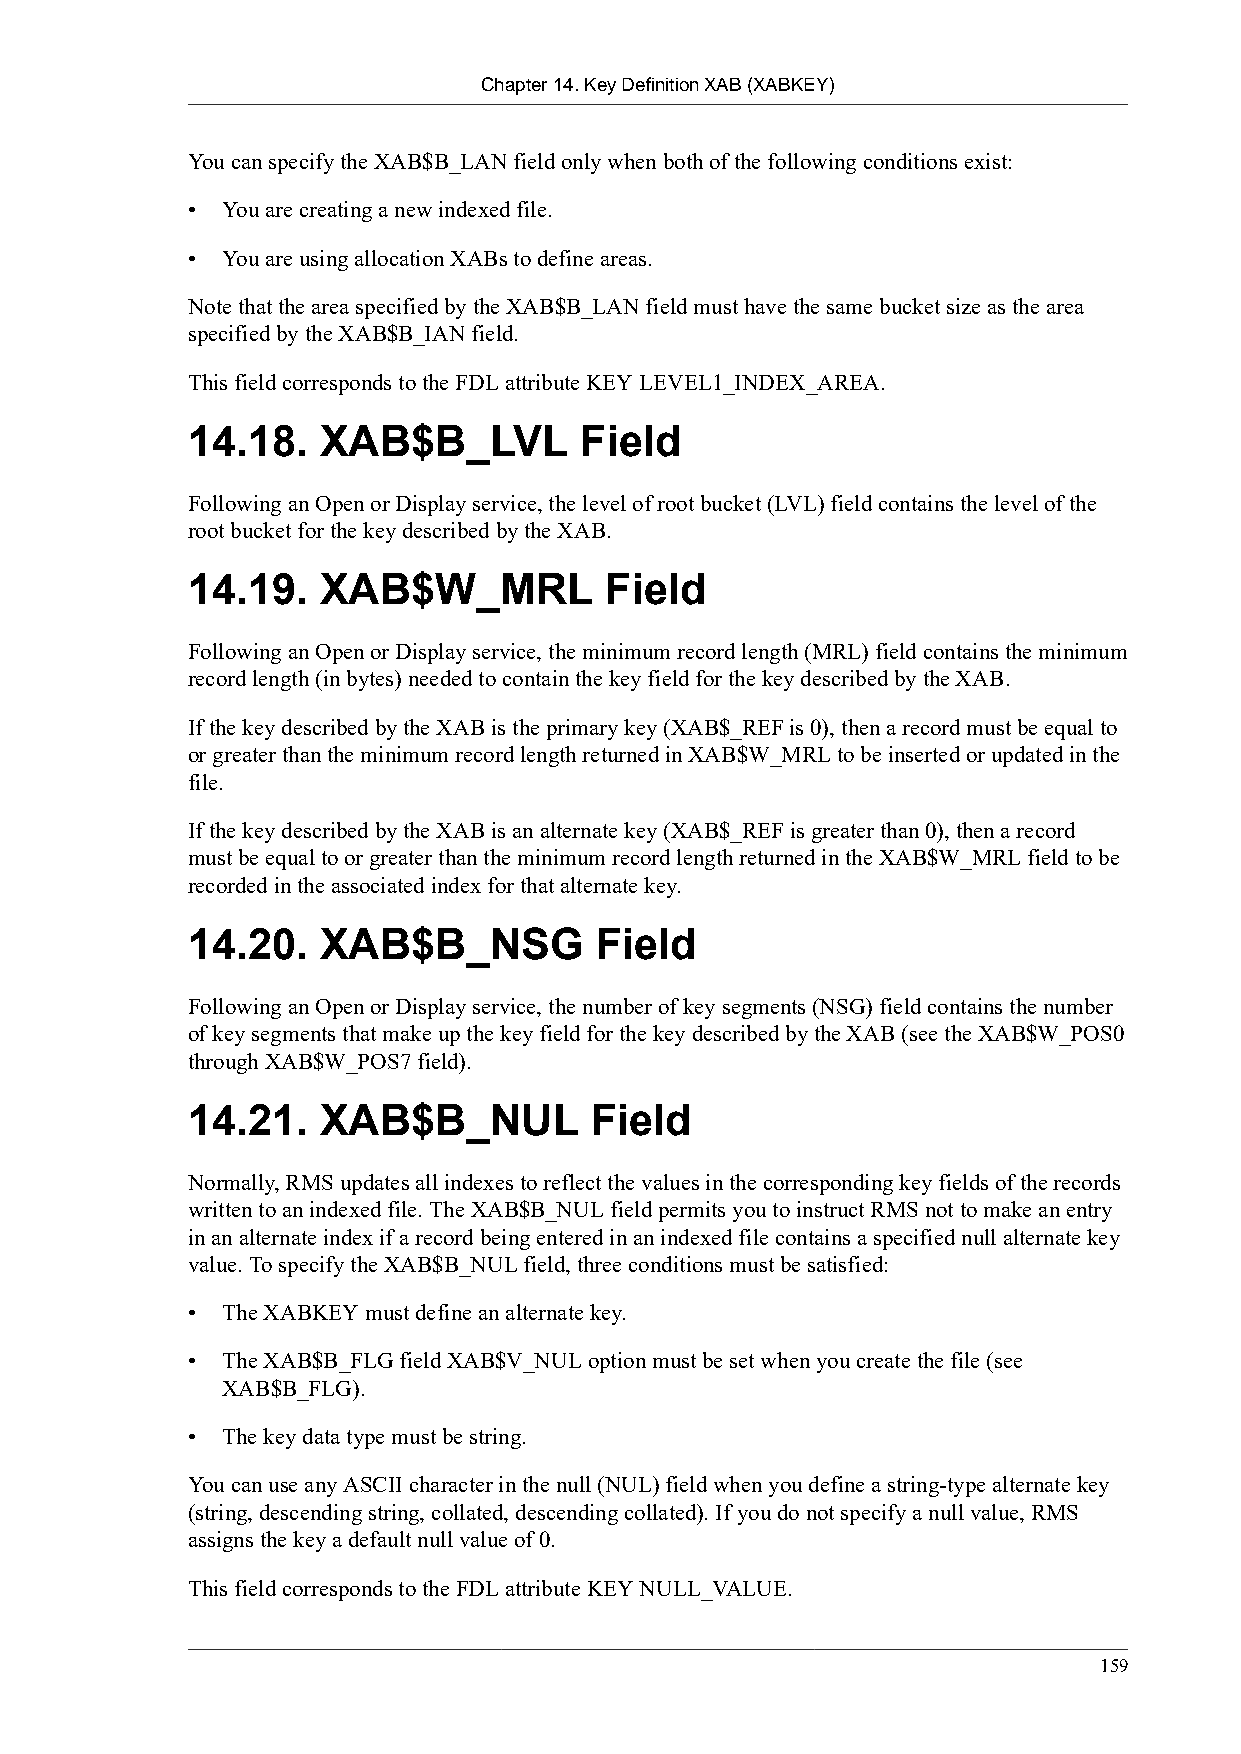
Chapter 14. Key Definition XAB (XABKEY)
 You can specify the XAB$B_LAN field only when both of the following conditions exist:
 •  You are creating a new indexed file.
 •  You are using allocation XABs to define areas.
 Note that the area specified by the XAB$B_LAN field must have the same bucket size as the area
 specified by the XAB$B_IAN field.
 This field corresponds to the FDL attribute KEY LEVEL1_INDEX_AREA.
 14.18.   XAB$B_LVL        Field
 Following an Open or Display service, the level of root bucket (LVL) field contains the level of the
 root bucket for the key described by the XAB.
 14.19.   XAB$W_MRL          Field
 Following an Open or Display service, the minimum record length (MRL) field contains the minimum
 record length (in bytes) needed to contain the key field for the key described by the XAB.
 If the key described by the XAB is the primary key (XAB$_REF is 0), then a record must be equal to
 or greater than the minimum record length returned in XAB$W_MRL to be inserted or updated in the
 file.
 If the key described by the XAB is an alternate key (XAB$_REF is greater than 0), then a record
 must be equal to or greater than the minimum record length returned in the XAB$W_MRL field to be
 recorded in the associated index for that alternate key.
 14.20.   XAB$B_NSG         Field
 Following an Open or Display service, the number of key segments (NSG) field contains the number
 of key segments that make up the key field for the key described by the XAB (see the XAB$W_POS0
 through XAB$W_POS7 field).
 14.21.   XAB$B_NUL         Field
 Normally, RMS updates all indexes to reflect the values in the corresponding key fields of the records
 written to an indexed file. The XAB$B_NUL field permits you to instruct RMS not to make an entry
 in an alternate index if a record being entered in an indexed file contains a specified null alternate key
 value. To specify the XAB$B_NUL field, three conditions must be satisfied:
 •  The XABKEY must define an alternate key.
 •  The XAB$B_FLG field XAB$V_NUL option must be set when you create the file (see
 XAB$B_FLG).
 •  The key data type must be string.
 You can use any ASCII character in the null (NUL) field when you define a string-type alternate key
 (string, descending string, collated, descending collated). If you do not specify a null value, RMS
 assigns the key a default null value of 0.
 This field corresponds to the FDL attribute KEY NULL_VALUE.
 159